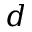
d